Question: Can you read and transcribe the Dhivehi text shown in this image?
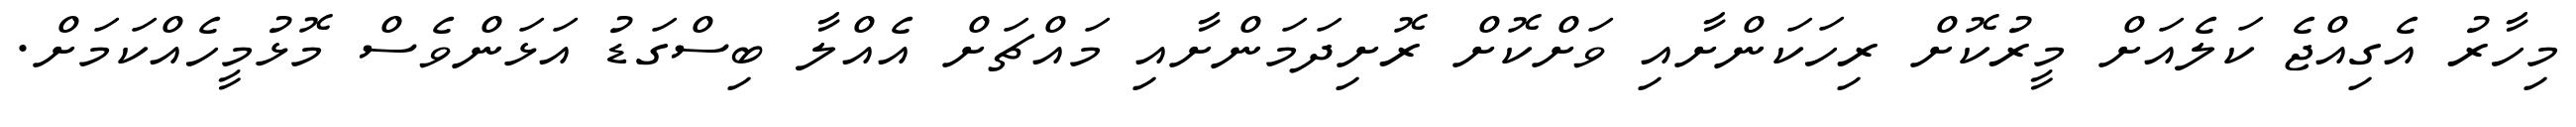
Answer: މިހާރު އެގިއްޖެ ކަލެއަށް މީރުކޮށް ރިހަކަންށާއި ވަށްކޮށް ރޮށިދަމަންށާއި މައްޗަށް އެއްލާ ބިސްގަޑު އަޅަންވެސް މޮޅުމީހެއްކަމަށް.